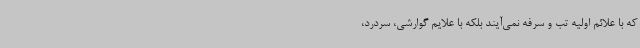
که با علائم اولیه تب و سرفه نمی‌آیند بلکه با علایم گوارشی، سردرد،